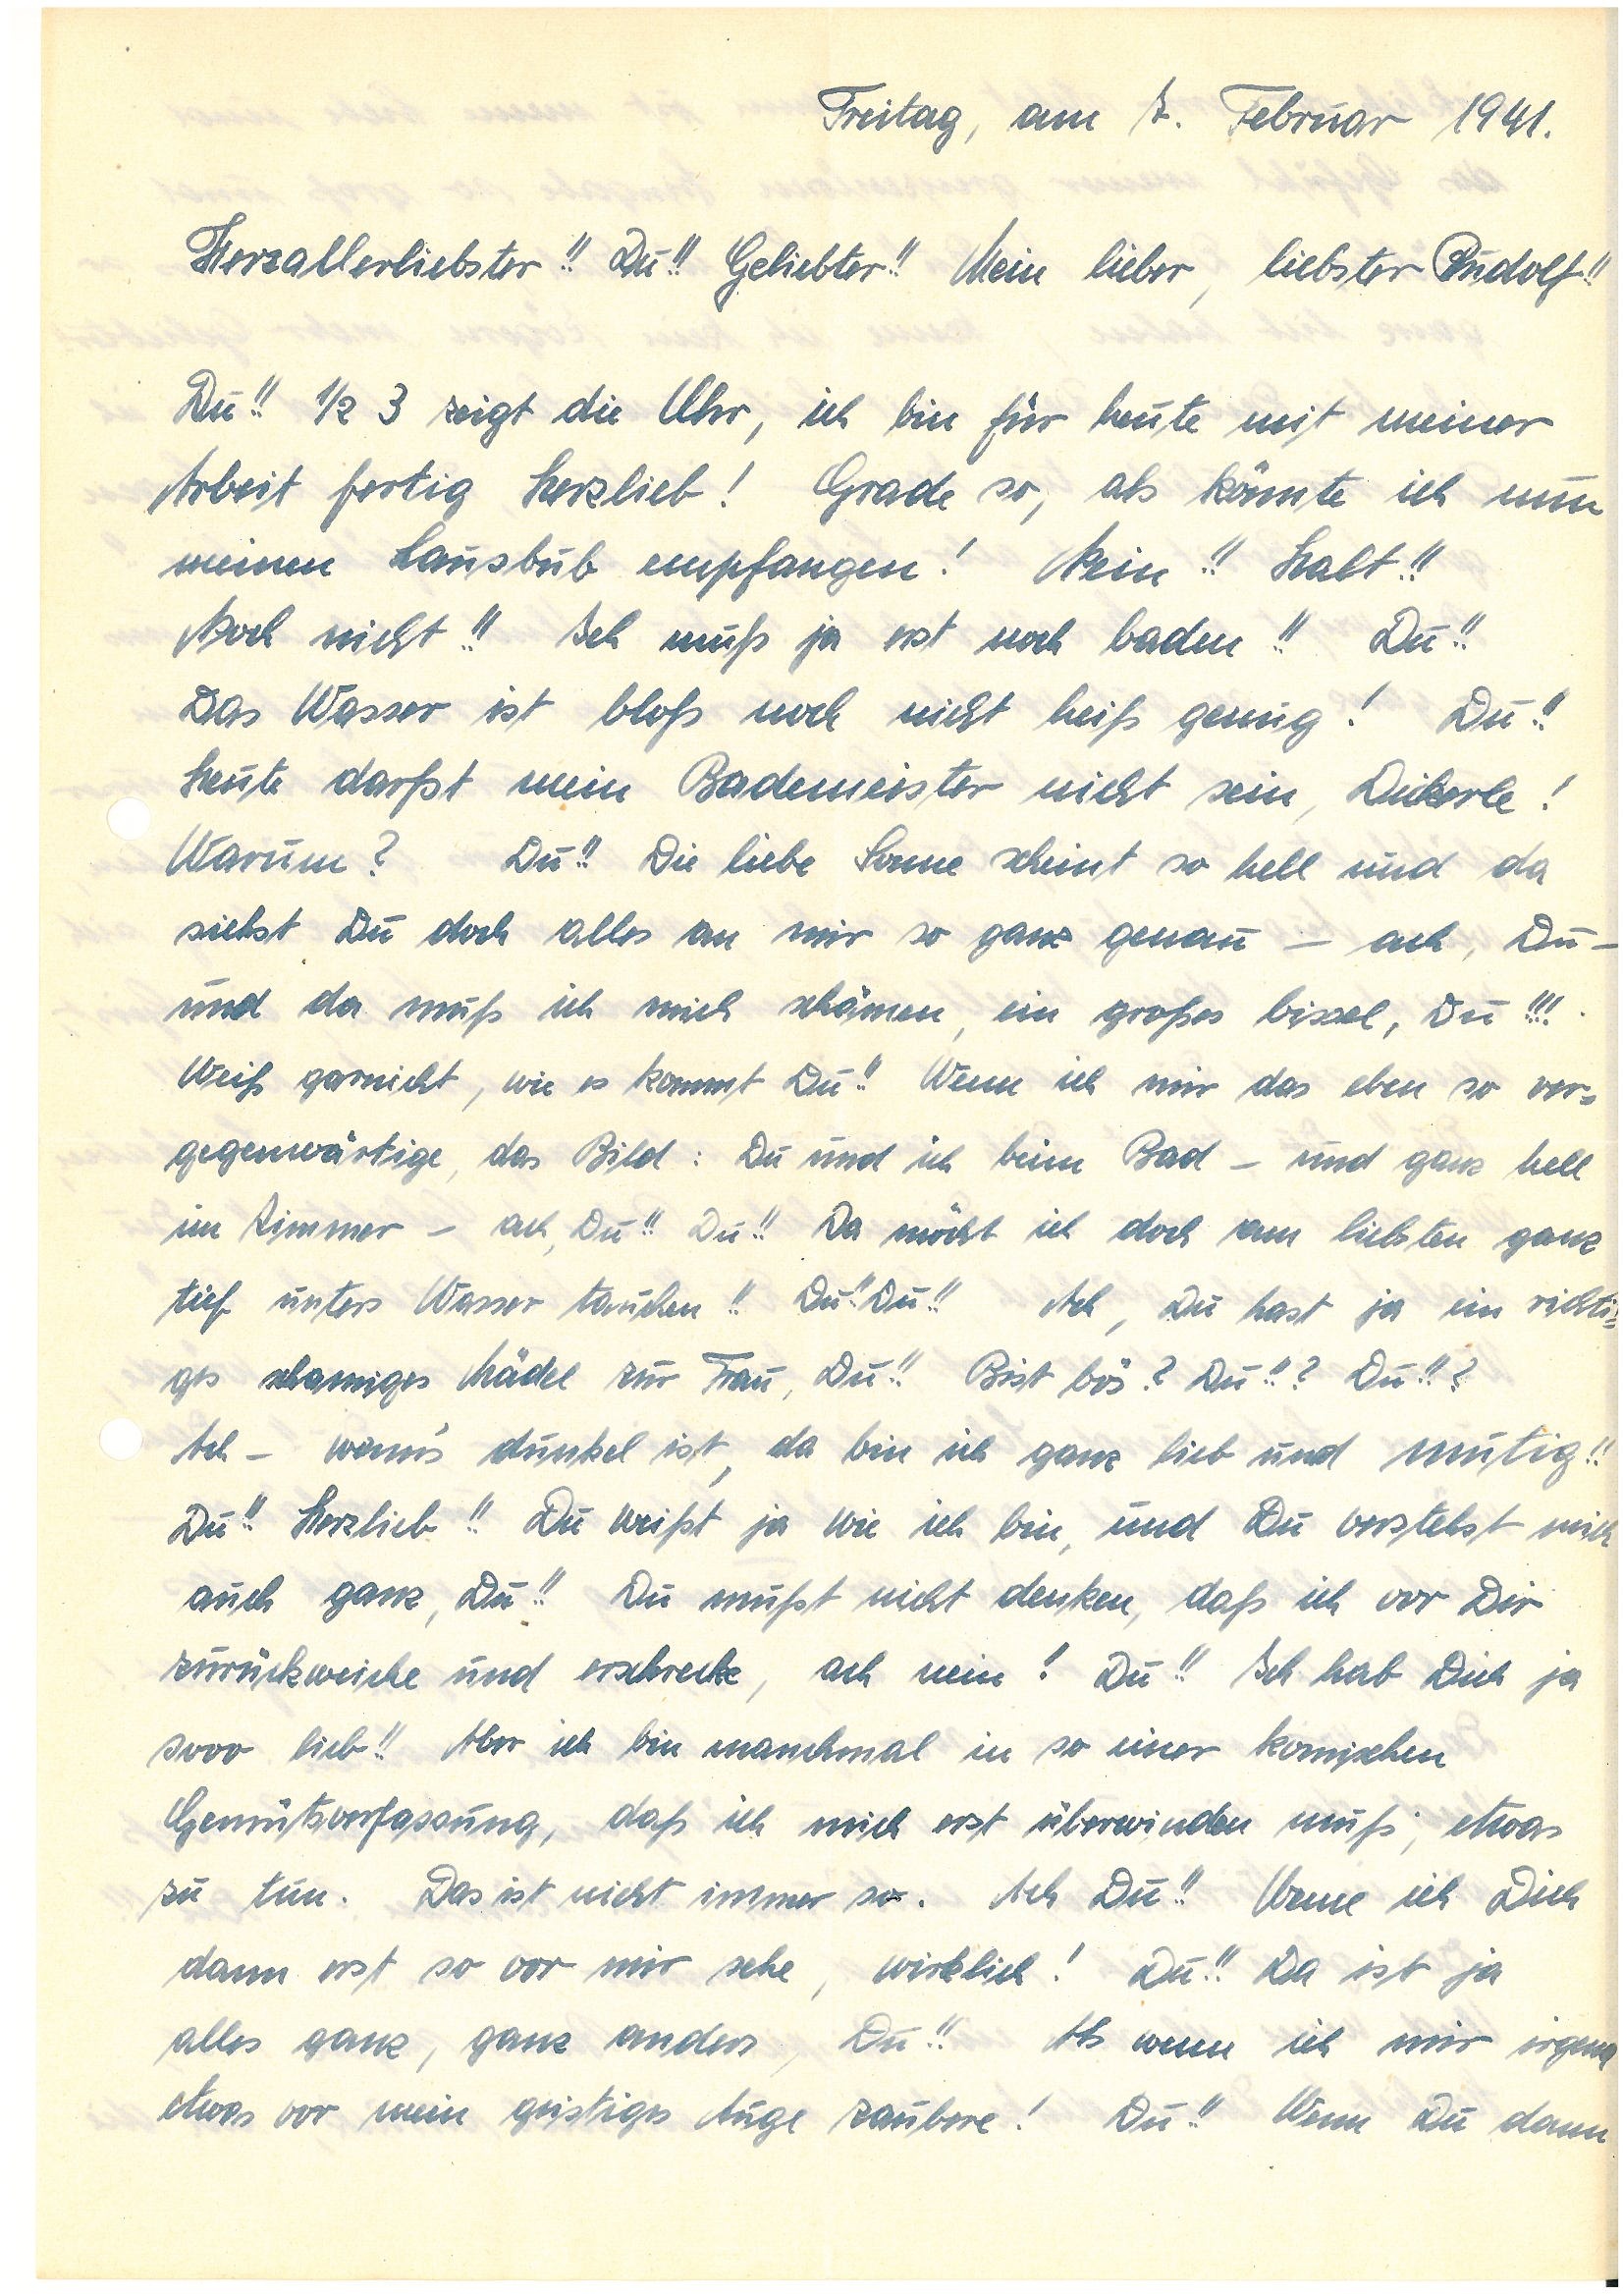
Freitag, am 7. Februar 1941.
Herzallerliebster!! Du!! Geliebter!! Mein lieber, liebster!!
Du!! ½ 3 zeigt die Uhr, ich bin für heute mit meiner
Arbeit fertig Herzlieb! Grade so, als könnte ich nun
meinen Lausbub empfangen! Nein!! Halt!!
Noch nicht!! Ich muß ja erst noch baden!! Du!!
Das Wasser ist bloß noch nicht heiß genug! Du!!
Heute darfst mein Bademeister nicht sein, Dickerle!
Warum? Du!! Die liebe Sonne scheint so hell und da
siehst Du doch alles an mir so ganz genau – ach, Du –
und da muß ich mich schämen, ein großes bissel, Du!!!
Weiß garnicht, wie es kommt Du!! Wenn ich mir das eben so ver¬
gegenwärtige, das Bild: Du und ich beim Bad – und ganz hell
im Zimmer – ach, Du!! Du!! Da möcht ich doch am liebsten ganz
tief unters Wasser tauchen!! Du!! Du!! Ach, Du hast ja ein richti¬
ges schamiges Mädel zur Frau, Du!! Bist bös? Du!!? Du!!?
Ach – wenn’s dunkel ist, da bin ich ganz lieb und mutig!!
Du!! Herzlieb!! Du weißt ja wie ich bin, und Du verstehst mich
auch ganz, Du!! Du mußt nicht denken, daß ich vor Dir
zurückweiche und erschrecke, ach nein! Du!! Ich hab Dich ja
sooo lieb!! Aber ich bin manchmal in so einer komischen
Gemütsverfassung, daß ich mich erst überwinden muß, etwas
zu tun. Das ist nicht immer so. Ach Du!! Wenn ich Dich
dann erst so vor mir sehe, wirklich! Du!! Da ist ja
alles ganz, ganz anders, Du!! Als wenn ich mir irgend¬
etwas vor mein geistiges Auge zaubere! Du!! Wenn Du dann